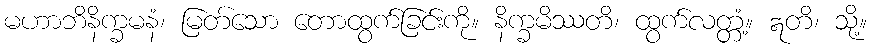
မဟာဘိနိက္ခမနံ၊ မြတ်သော တောထွက်ခြင်းကို။ နိက္ခမိဿတိ၊ ထွက်လတ္တံ့။ ဣတိ၊ သို့။